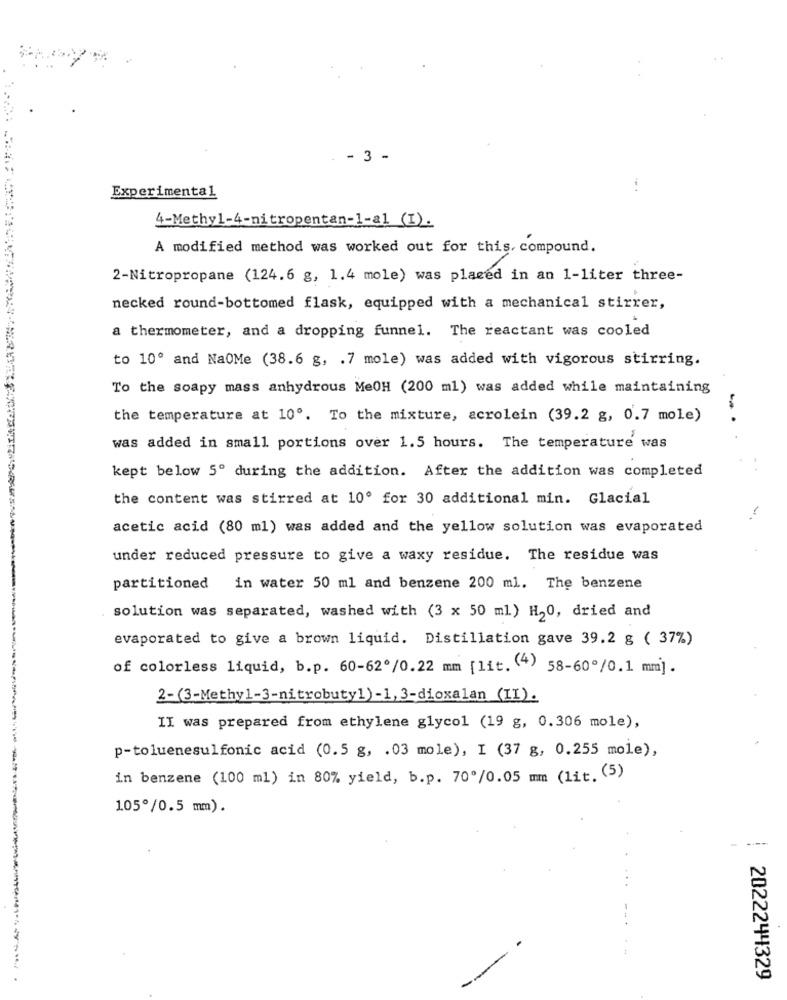
- 3 -
Experimental
-..
4-Methyl-4-nitropentan-1-al (I).
A modified method was worked out for this, compound.
2-Nitropropane (124.6 g, 1.4 mole) was placed in an 1-liter three-
necked round-bottomed flask, equipped with a mechanical stirrer,
a thermometer, and a dropping funnel. The reactant was cooled
to 10º and NaOMe (38.6 g, . 7 mole) was added with vigorous stirring.
To the soapy mass anhydrous MeOH (200 ml) was added while maintaining
the temperature at 10º. To the mixture, acrolein (39.2 g, 0.7 mole)
-.
was added in small portions over 1.5 hours. The temperature was
kept below 5º during the addition. After the addition was completed
the content was stirred at 10º for 30 additional min. Glacial
acetic acid (80 ml) was added and the yellow solution was evaporated
under reduced pressure to give a waxy residue. The residue was
partitioned
in water 50 ml and benzene 200 ml. The benzene
solution was separated, washed with (3 x 50 ml) H20, dried and
evaporated to give a brown liquid. Distillation gave 39.2 g ( 37%)
of colorless liquid, b.p. 60-62/0.22 mm [ lit. (4) 58-60º/0.1 mm] .
2-(3-Methyl-3-nitrobuty1)-1, 3-dioxalan (II).
II was prepared from ethylene glycol (19 g, 0.306 mole),
p-toluenesulfonic acid (0.5 g, . 03 mole), I (37 g, 0.255 mole),
in benzene (100 ml) in 80% yield, b.p. 70º/0.05 mm (lit. (5)
105º/0.5 mm).
2022244329